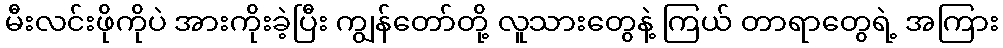
မီးလင်းဖိုကိုပဲ အားကိုးခဲ့ပြီး ကျွန်တော်တို့ လူသားတွေနဲ့ ကြယ် တာရာတွေရဲ့ အကြား